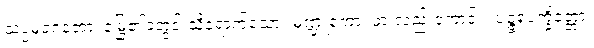
သပ္ပမုခဂတော၊ မြွေ၏ခံတွင်းသို့ရောက်သော။ မဏ္ဍူကော၊ ဖားလည်းကောင်း။ ပဉ္ဇရပက္ခိတ္တော၊